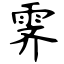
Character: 霁